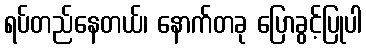
ရပ်တည်နေတယ်၊ နောက်တခု ပြောခွင့်ပြုပါ